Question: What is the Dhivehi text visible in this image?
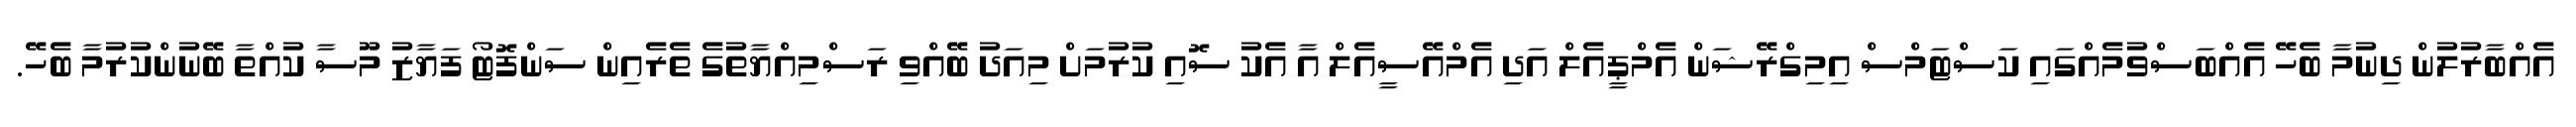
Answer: އެއްބާރުލުން ދިނުމާ ބެހޭ އެއްބަސްވުމެއްގައި ކަސްޓަމްސް އިމިގްރޭޝަން އެމްޕީއެލް އަދި އެމްއޭސީއެލް އާ އެކު ސޮއި ކުރުމަށް މިއަދު ބޭއްވި ރަސްމިއްޔާތުގެ ތެރެއިން ސަންފޮޓޯ ފަޔާޒު މޫސާ ކުއްތާ ބޭނުންކުރުމާ ބެހޭ.